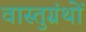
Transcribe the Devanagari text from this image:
वास्तुग्रंथों